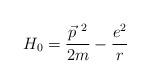
LaTeX: \begin{align*}H_0 =\frac{\vec{p}^{~2}}{2m} -\frac{e^2}{r} \end{align*}